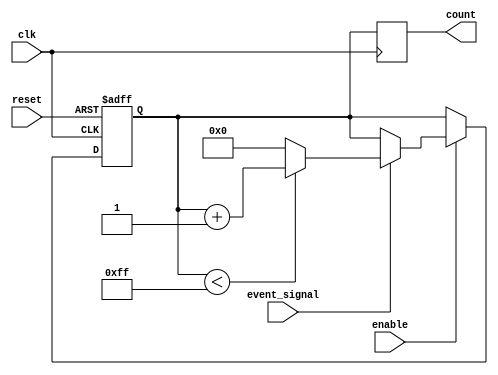
module EventCounter #(
    parameter WIDTH = 8,          // Width of the counter (e.g., 8 for 0-255)
    parameter MAX_COUNT = 255     // Maximum count value
)(
    input wire clk,               // Clock signal
    input wire reset,             // Asynchronous reset signal
    input wire enable,            // Enable signal for counting
    input wire event_signal,      // Input event signal for counting
    output reg [WIDTH-1:0] count  // Current count value
);

    // Internal register to hold the count value
    reg [WIDTH-1:0] count_reg;

    // Asynchronous reset and counting logic
    always @(posedge clk or posedge reset) begin
        if (reset) begin
            count_reg <= 0;         // Reset count to 0
        end else if (enable) begin
            if (event_signal) begin
                // Increment count on rising edge of event_signal
                if (count_reg < MAX_COUNT) begin
                    count_reg <= count_reg + 1;
                end else begin
                    count_reg <= 0;   // Wrap around on overflow
                end
            end
        end
    end

    // Output the current count value
    always @(posedge clk) begin
        count <= count_reg;
    end

endmodule